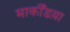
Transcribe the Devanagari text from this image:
मार्कींडय़ा